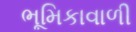
ભૂમિકાવાળી